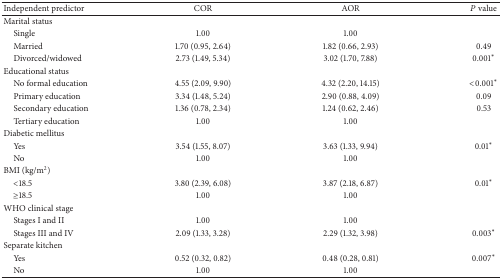
| Independent predictor | COR | AOR | P value |
 | --- | --- | --- | --- |
 | Marital status |  |  |  |
 | Single | 1.00 | 1.00 |  |
 | Married | 1.70 (0.95, 2.64) | 1.82 (0.66, 2.93) | 0.49 |
 | Divorced/widowed | 2.73 (1.49, 5.34) | 3.02 (1.70, 7.88) | 0.001* |
 | Educational status |  |  |  |
 | No formal education | 4.55 (2.09, 9.90) | 4.32 (2.20, 14.15) | <0.001* |
 | Primary education | 3.34 (1.48, 5.24) | 2.90 (0.88, 4.09) | 0.09 |
 | Secondary education | 1.36 (0.78, 2.34) | 1.24 (0.62, 2.46) | 0.53 |
 | Tertiary education | 1.00 | 1.00 |  |
 | Diabetic mellitus |  |  |  |
 | Yes | 3.54 (1.55, 8.07) | 3.63 (1.33, 9.94) | 0.01* |
 | No | 1.00 | 1.00 |  |
 | BMI (kg/m2) |  |  |  |
 | <18.5 | 3.80 (2.39, 6.08) | 3.87 (2.18, 6.87) | 0.01* |
 | ≥18.5 | 1.00 | 1.00 |  |
 | WHO clinical stage |  |  |  |
 | Stages I and II | 1.00 | 1.00 |  |
 | Stages III and IV | 2.09 (1.33, 3.28) | 2.29 (1.32, 3.98) | 0.003* |
 | Separate kitchen |  |  |  |
 | Yes | 0.52 (0.32, 0.82) | 0.48 (0.28, 0.81) | 0.007* |
 | No | 1.00 | 1.00 |  |